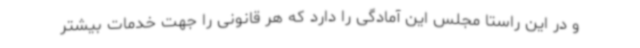
و در این راستا مجلس این آمادگی را دارد که هر قانونی را جهت خدمات بیشتر